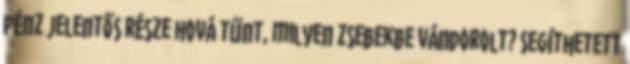
pénz jelentős része hová tűnt, milyen zsebekbe vándorolt? Segíthetett